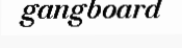
gangboard